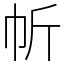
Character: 㠼